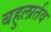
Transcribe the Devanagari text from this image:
बहुलार्तव